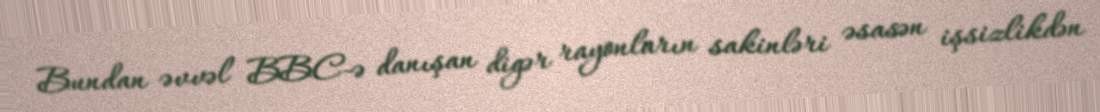
Bundan əvvəl BBC-ə danışan digər rayonların sakinləri əsasən işsizlikdən